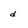
Character: d